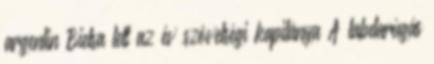
argentin Bielsa lett az év szövetségi kapitánya A labdarúgás